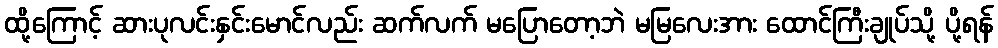
ထို့ကြောင့် ဆားပုလင်းနှင်းမောင်လည်း ဆက်လက် မပြောတော့ဘဲ မမြလေးအား ထောင်ကြီးချုပ်သို့ ပို့ရန်